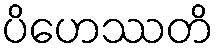
ပိဟေဿတိ